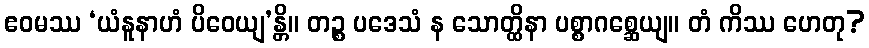
ဧဝမဿ ‘ယံနူနာဟံ ပိဝေယျ’န္တိ။ တဉ္စ ပဒေသံ န သောတ္ထိနာ ပစ္စာဂစ္ဆေယျ။ တံ ကိဿ ဟေတု?